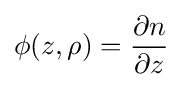
\phi (z,\rho )={\frac {\partial n}{\partial z}}